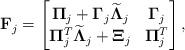
LaTeX: \begin{align*}\bold{F}_{j}=\begin{bmatrix}\bold{\Pi}_{j}+\bold{\Gamma}_{j}\widetilde{\bold{\Lambda}}_{j} & \bold{\Gamma}_{j}\\ \bold{\Pi}_{j}^{T} \widetilde{\bold{\Lambda}}_{j}+\bold{\Xi}_{j} &\bold{\Pi}_{j}^{T}\end{bmatrix},\end{align*}